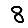
Digit: 8